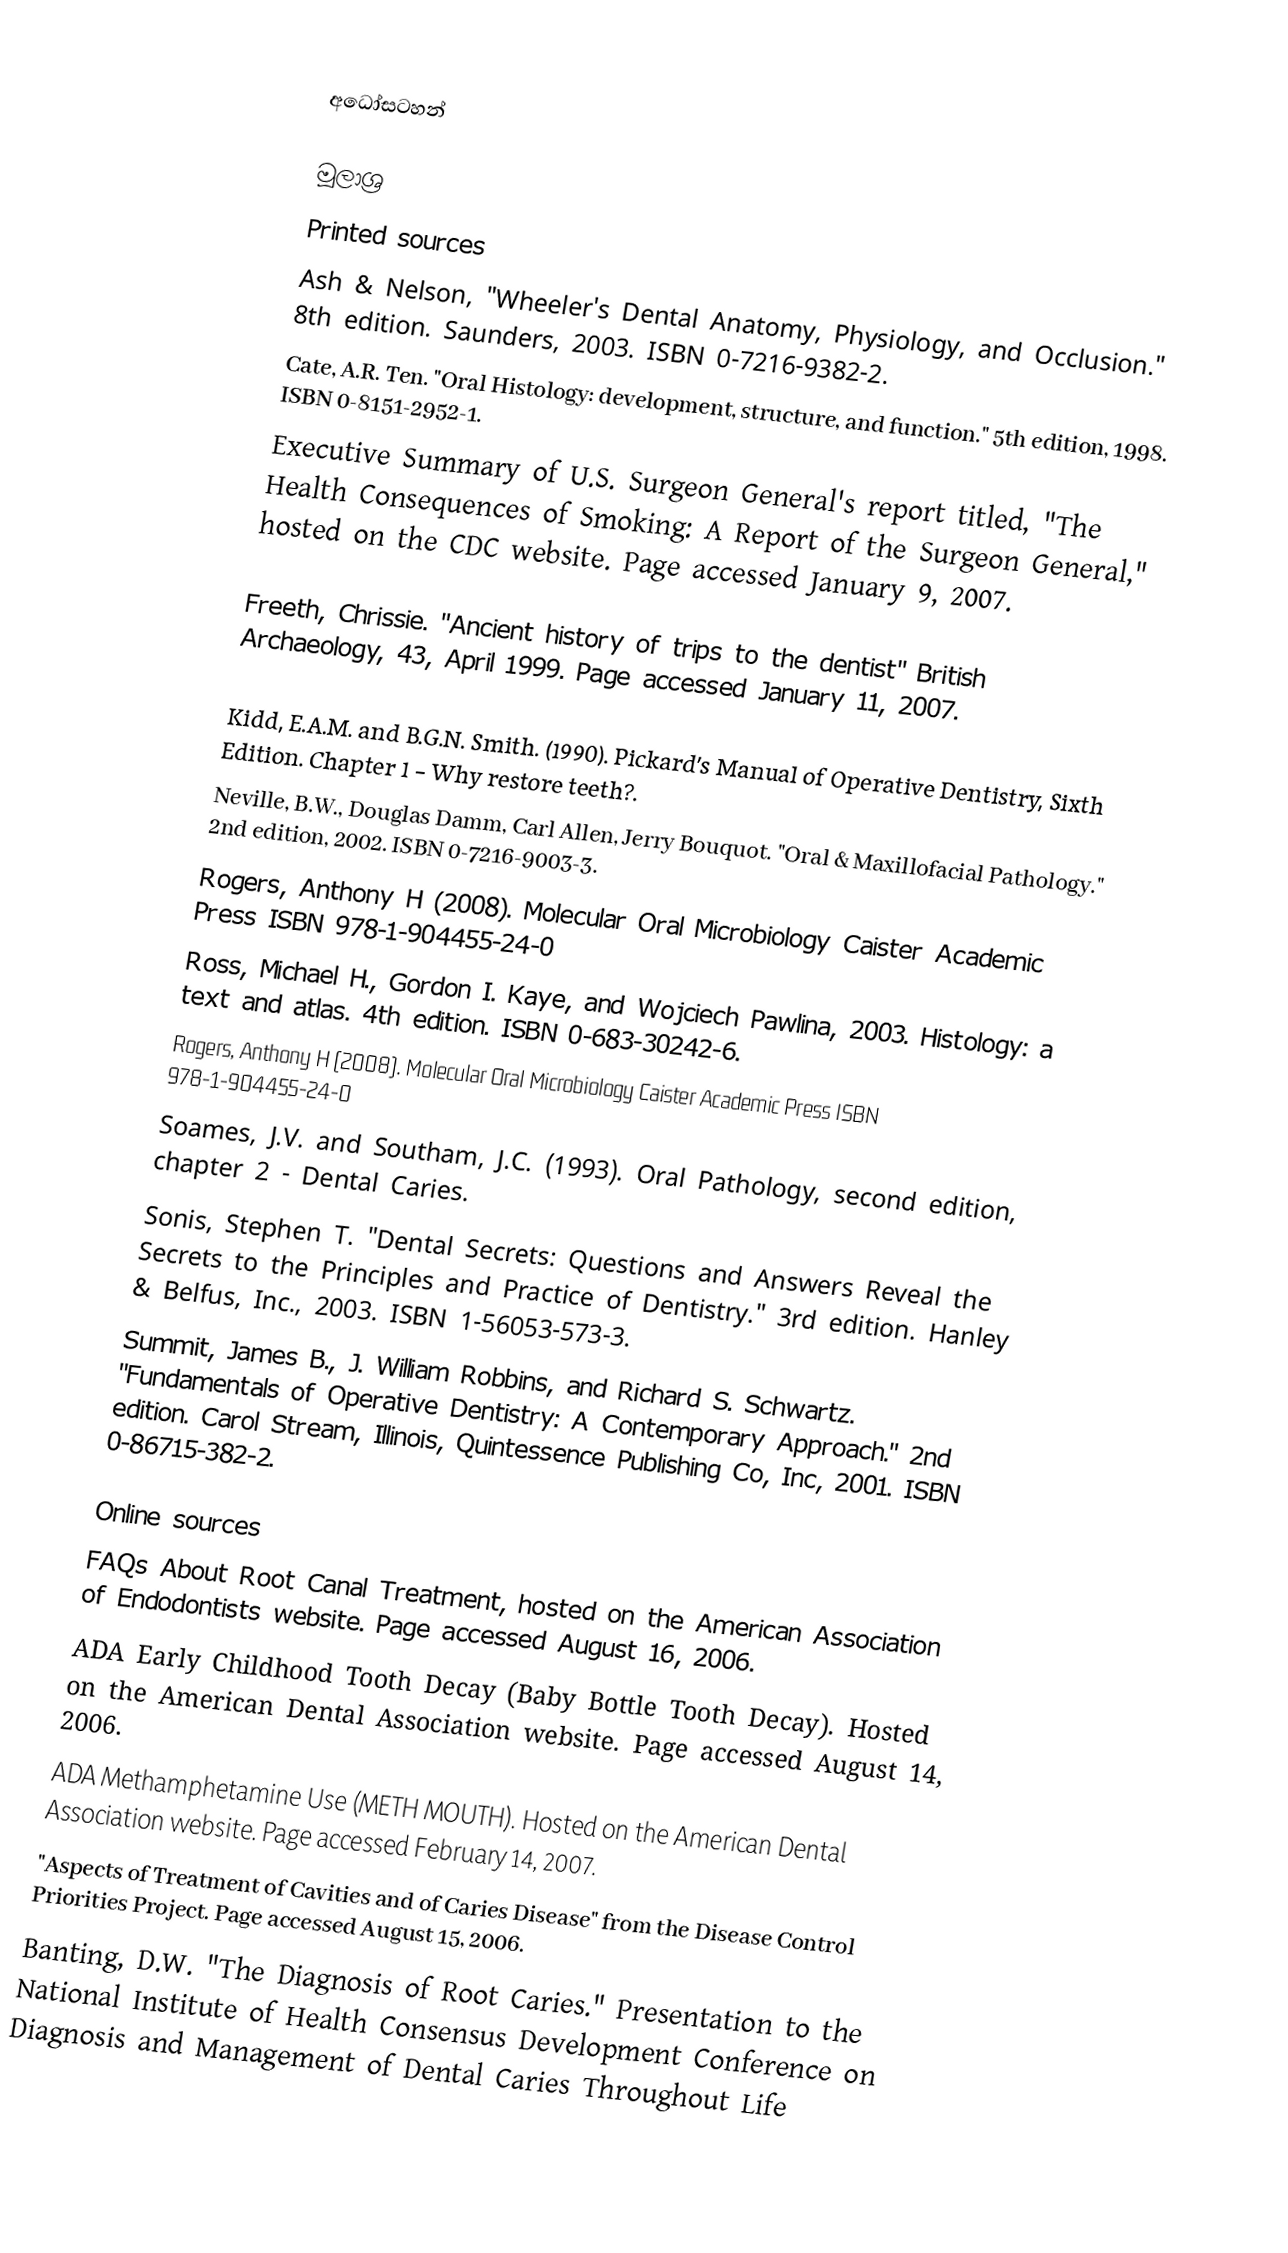

අධෝසටහන්

මූලාශ්‍ර
Printed sources
Ash & Nelson, "Wheeler's Dental Anatomy, Physiology, and Occlusion." 8th edition. Saunders, 2003. ISBN 0-7216-9382-2.
Cate, A.R. Ten. "Oral Histology: development, structure, and function."  5th edition, 1998.  ISBN 0-8151-2952-1.
Executive Summary of U.S. Surgeon General's report titled, "The Health Consequences of Smoking: A Report of the Surgeon General," hosted on the CDC website. Page accessed January 9, 2007.

Freeth, Chrissie. "Ancient history of trips to the dentist" British Archaeology, 43, April 1999. Page accessed January 11, 2007.

Kidd, E.A.M. and B.G.N. Smith. (1990). Pickard's Manual of Operative Dentistry, Sixth Edition. Chapter 1 - Why restore teeth?.
Neville, B.W., Douglas Damm, Carl Allen, Jerry Bouquot. "Oral & Maxillofacial Pathology." 2nd edition, 2002. ISBN 0-7216-9003-3.
Rogers, Anthony H (2008). Molecular Oral Microbiology Caister Academic Press ISBN 978-1-904455-24-0
Ross, Michael H., Gordon I. Kaye, and Wojciech Pawlina, 2003. Histology: a text and atlas. 4th edition.  ISBN 0-683-30242-6.
Rogers, Anthony H (2008). Molecular Oral Microbiology Caister Academic Press ISBN 978-1-904455-24-0
Soames, J.V. and Southam, J.C. (1993). Oral Pathology, second edition, chapter 2 - Dental Caries.
Sonis, Stephen T. "Dental Secrets: Questions and Answers Reveal the Secrets to the Principles and Practice of Dentistry." 3rd edition. Hanley & Belfus, Inc., 2003. ISBN 1-56053-573-3.
Summit, James B., J. William Robbins, and Richard S. Schwartz. "Fundamentals of Operative Dentistry: A Contemporary Approach." 2nd edition. Carol Stream, Illinois, Quintessence Publishing Co, Inc, 2001. ISBN 0-86715-382-2.

Online sources
FAQs About Root Canal Treatment, hosted on the American Association of Endodontists website. Page accessed August 16, 2006.
ADA Early Childhood Tooth Decay (Baby Bottle Tooth Decay). Hosted on the American Dental Association website.  Page accessed August 14, 2006.
ADA Methamphetamine Use (METH MOUTH). Hosted on the American Dental Association website. Page accessed February 14, 2007.
"Aspects of Treatment of Cavities and of Caries Disease" from the Disease Control Priorities Project. Page accessed August 15, 2006.
Banting, D.W.  "The Diagnosis of Root Caries."  Presentation to the National Institute of Health Consensus Development Conference on Diagnosis and Management of Dental Caries Throughout Life